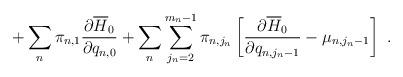
LaTeX: \begin{align*}+\sum_n\pi_{n,1}\frac{\partial\overline{H}_0}{\partial q_{n,0}}+\sum_n\sum_{j_n=2}^{m_n-1}\pi_{n,j_n}\left[\frac{\partial\overline{H}_0}{\partial q_{n,j_n-1}}-\mu_{n,j_n-1}\right]\ .\end{align*}